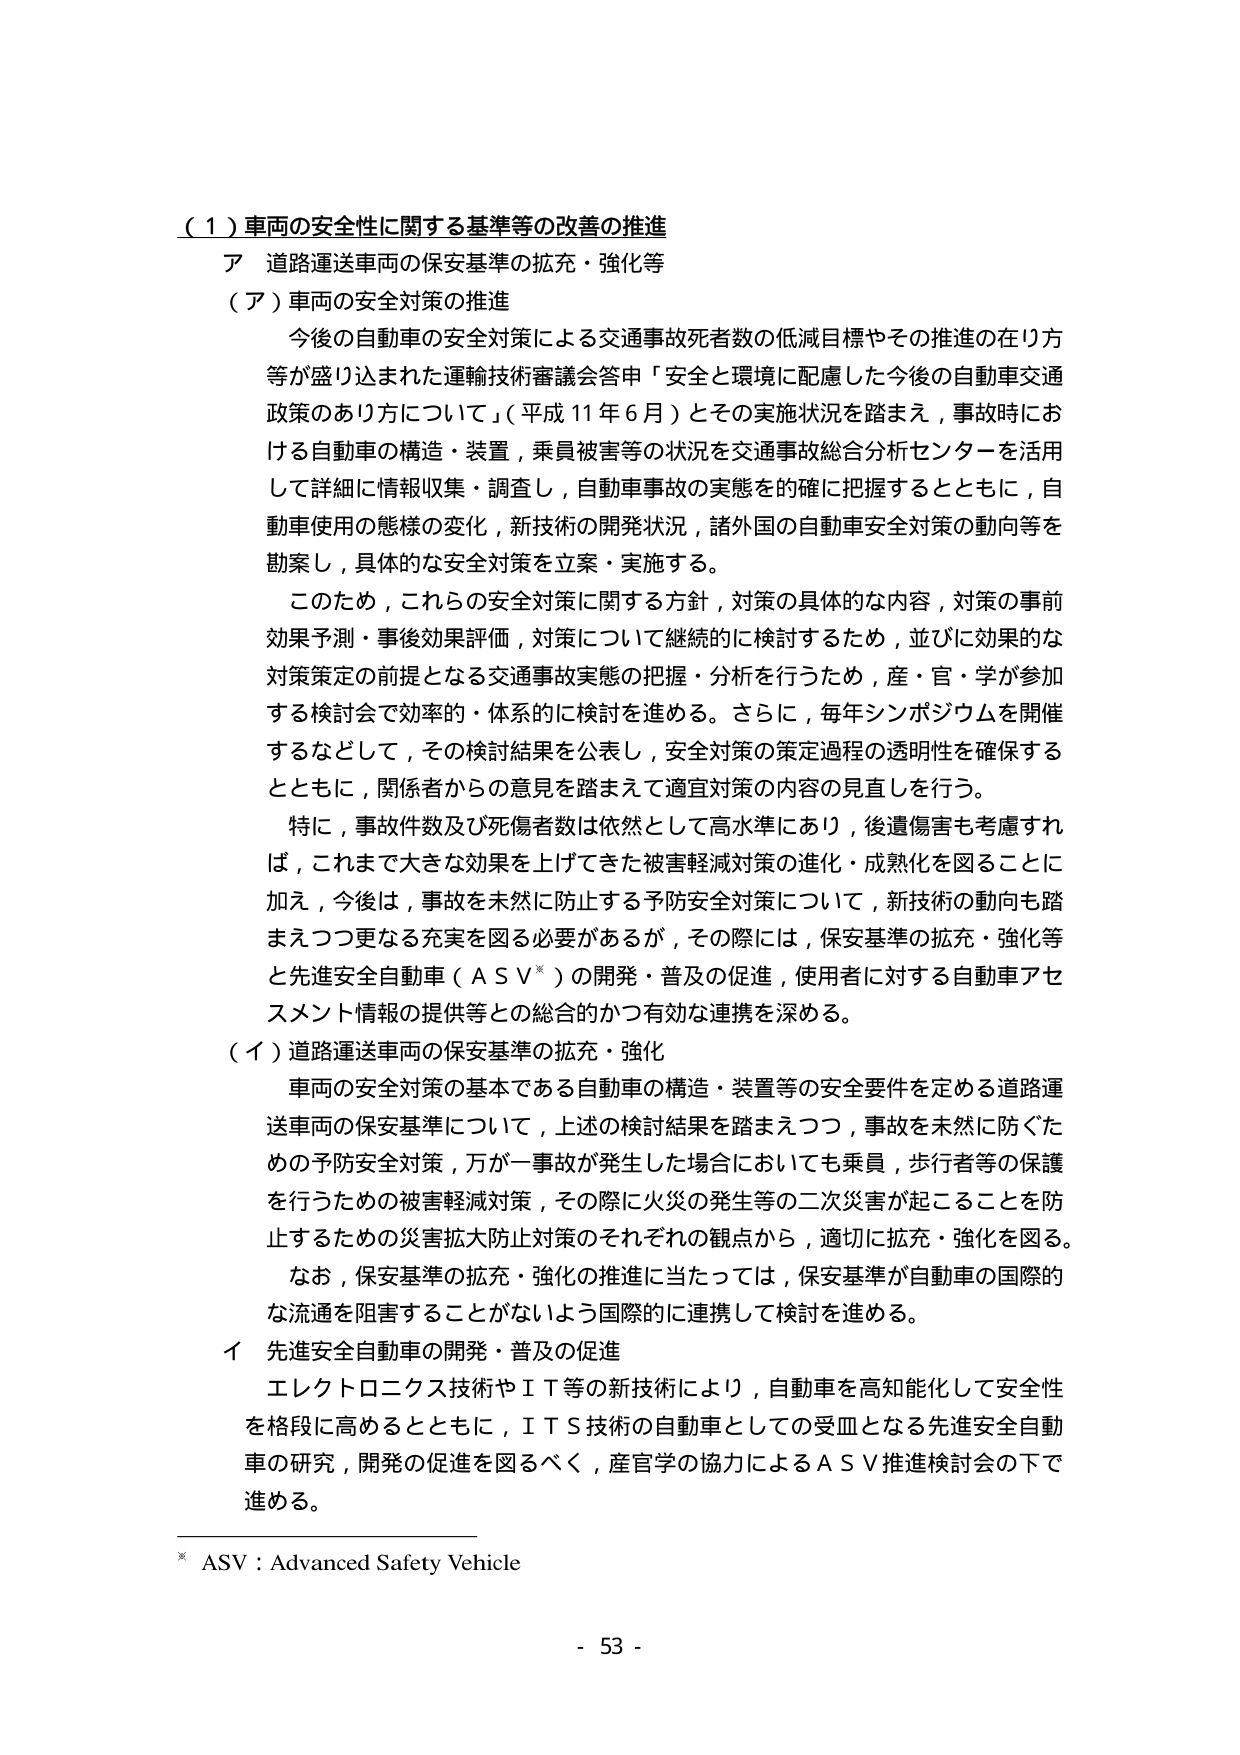
（１）車両の安全性に関する基準等の改善の推進
ア 道路運送車両の保安基準の拡充・強化等
（ア）車両の安全対策の推進
　今後の自動車の安全対策による交通事故死者数の低減目標やその推進の在り方等が盛り込まれた運輸技術審議会答申「安全と環境に配慮した今後の自動車交通政策のあり方について」（平成11年6月）とその実施状況を踏まえ，事故時における自動車の構造・装置，乗員被害等の状況を交通事故総合分析センターを活用して詳細に情報収集・調査し，自動車事故の実態を的確に把握するとともに，自動車使用の態様の変化，新技術の開発状況，諸外国の自動車安全対策の動向等を勘案し，具体的な安全対策を立案・実施する。
　このため，これらの安全対策に関する方針，対策の具体的な内容，対策の事前効果予測・事後効果評価，対策について継続的に検討するため，並びに効果的な対策策定の前提となる交通事故実態の把握・分析を行うため，産・官・学が参加する検討会で効率的・体系的に検討を進める。さらに，毎年シンポジウムを開催するなどして，その検討結果を公表し，安全対策の策定過程の透明性を確保するとともに，関係者からの意見を踏まえて適宜対策の内容の見直しを行う。
　特に，事故件数及び死傷者数は依然として高水準にあり，後遺傷害も考慮すれば，これまで大きな効果を上げてきた被害軽減対策の進化・成熟化を図ることに加え，今後は，事故を未然に防止する予防安全対策について，新技術の動向も踏まえつつ更なる充実を図る必要があるが，その際には，保安基準の拡充・強化等と先進安全自動車（ＡＳＶ※）の開発・普及の促進，使用者に対する自動車アセスメント情報の提供等との総合的かつ有効な連携を深める。
（イ）道路運送車両の保安基準の拡充・強化
　車両の安全対策の基本である自動車の構造・装置等の安全要件を定める道路運送車両の保安基準について，上述の検討結果を踏まえつつ，事故を未然に防ぐための予防安全対策，万が一事故が発生した場合においても乗員，歩行者等の保護を行うための被害軽減対策，その際に火災の発生等の二次災害が起こることを防止するための災害拡大防止対策のそれぞれの観点から，適切に拡充・強化を図る。
　なお，保安基準の拡充・強化の推進に当たっては，保安基準が自動車の国際的な流通を阻害することがないよう国際的に連携して検討を進める。
イ 先進安全自動車の開発・普及の促進
　エレクトロニクス技術やＩＴ等の新技術により，自動車を高知能化して安全性を格段に高めるとともに，ＩＴＳ技術の自動車としての受皿となる先進安全自動車の研究，開発の促進を図るべく，産官学の協力によるＡＳＶ推進検討会の下で進める。
※ ASV：Advanced Safety Vehicle
- 53 -